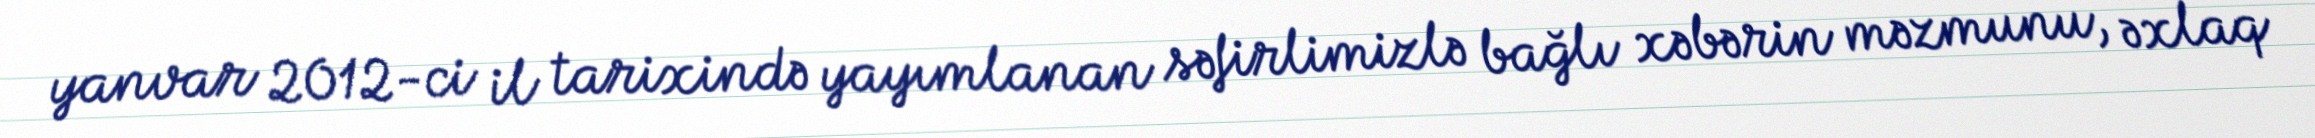
yanvar 2012-ci il tarixində yayımlanan səfirlimizlə bağlı xəbərin məzmunu, əxlaq